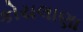
કોયલાણા